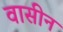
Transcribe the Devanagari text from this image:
वासीन